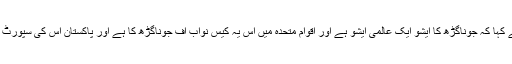
انہوں نے کہا کہ جوناگڑھ کا ایشو ایک عالمی ایشو ہے اور اقوام متحدہ میں اس یہ کیس نواب آف جوناگڑھ کا ہے اور پاکستان اس کی سپورٹ کرتاہے۔